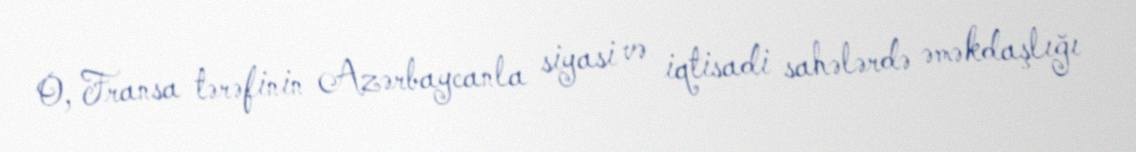
O, Fransa tərəfinin Azərbaycanla siyasi və iqtisadi sahələrdə əməkdaşlığı